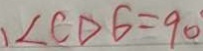
\angle C D E = 9 0